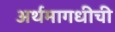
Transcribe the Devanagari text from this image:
अर्थमागधीची